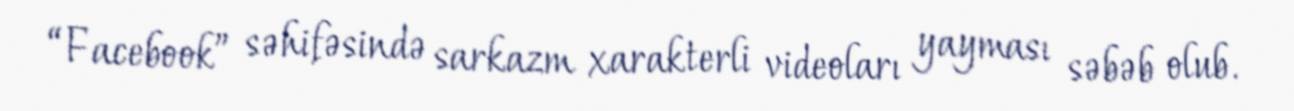
“Facebook” səhifəsində sarkazm xarakterli videoları yayması səbəb olub.